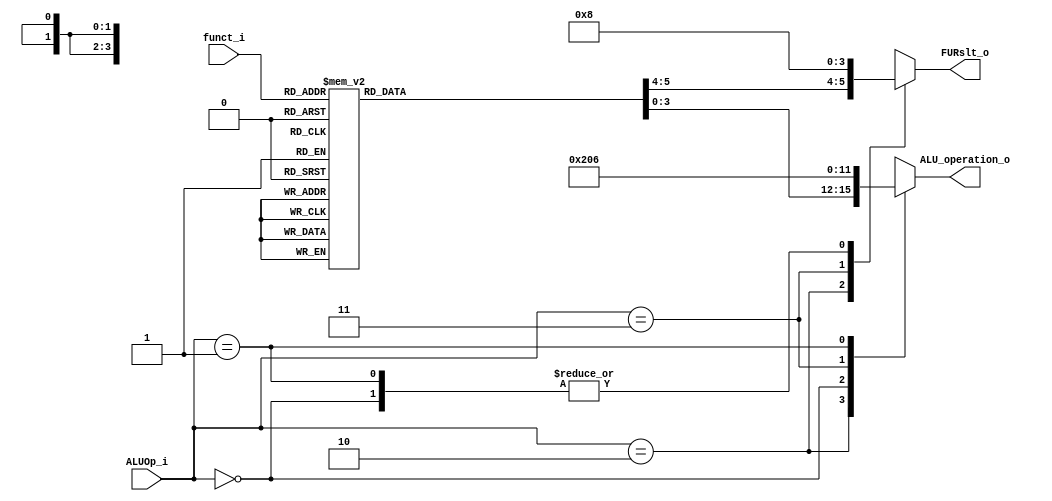
module ALU_Ctrl( funct_i, ALUOp_i, ALU_operation_o, FURslt_o);

//I/O ports 
input      [4-1:0] funct_i;
input      [2-1:0] ALUOp_i;

output     [4-1:0] ALU_operation_o;  
output     [2-1:0] FURslt_o;

//Internal Signals
wire		[4-1:0] ALU_operation_o;
wire		[2-1:0] FURslt_o;

//Main function
/*your code here*/
reg [3:0] ALU_operation_reg;
reg [1:0] FURslt_reg;

always@(*)
    case(ALUOp_i)
        2'b10:begin
            case(funct_i)
                4'b0000:begin
                    ALU_operation_reg = 4'b0010;
                    FURslt_reg = 0;
                end
                4'b0001:begin
                    ALU_operation_reg = 4'b0110;
                    FURslt_reg = 0;
                end
                4'b0010:begin
                    ALU_operation_reg = 4'b0000;
                    FURslt_reg = 0;
                end
                4'b0011:begin
                    ALU_operation_reg = 4'b0001;
                    FURslt_reg = 0;
                end
                4'b0100:begin
                    ALU_operation_reg = 4'b1100;
                    FURslt_reg = 0;
                end
                4'b0101:begin
                    ALU_operation_reg = 4'b0111;
                    FURslt_reg = 0;
                end
                4'b0110:begin
                    ALU_operation_reg = 4'b0001;
                    FURslt_reg = 1;
                end
                4'b0111:begin
                    ALU_operation_reg = 4'b0000;
                    FURslt_reg = 1;
                end
                4'b1000:begin
                    ALU_operation_reg = 4'b0010;
                    FURslt_reg = 1;
                end
                4'b1001:begin
                    ALU_operation_reg = 4'b0011;
                    FURslt_reg = 1;
                end
                default:begin
                    ALU_operation_reg = 4'b0010;
                    FURslt_reg = 0;
                end
            endcase
        end
        2'b00:begin
            ALU_operation_reg = 4'b0010;
            FURslt_reg = 0;
        end
        2'b11:begin
            ALU_operation_reg = 4'b0000;
            FURslt_reg = 2'b10;
        end
        2'b01:begin
            ALU_operation_reg = 4'b0110;
            FURslt_reg = 0;
        end
        default:begin
            ALU_operation_reg = 4'b0000;
            FURslt_reg = 0;
        end
    endcase

assign ALU_operation_o = ALU_operation_reg;  
assign FURslt_o = FURslt_reg;           
               
endmodule